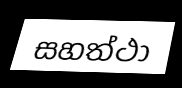
සහත්ථා